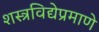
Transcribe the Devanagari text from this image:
शस्त्रविद्येप्रमाणे